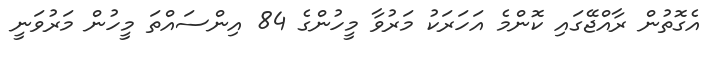
އެގޮތުން ރާއްޖޭގައި ކޮންމެ އަހަރަކު މަރުވާ މީހުންގެ 84 އިންސައްތަ މީހުން މަރުވަނީ